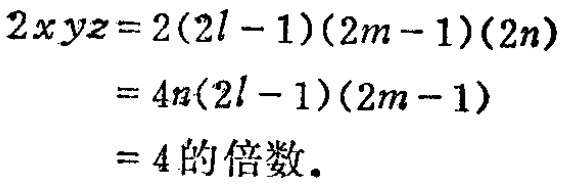
\[

\begin{align*}

2xyz&=2(2l - 1)(2m - 1)(2n)\\

&=4n(2l - 1)(2m - 1)\\

&=4的倍数.

\end{align*}

\]